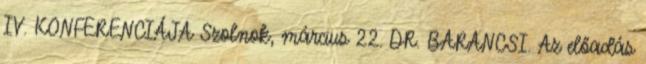
IV. KONFERENCIÁJA Szolnok, március 22. DR. BARANCSI. Az előadás